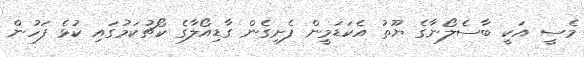
މެސީ އަކީ ބާސެލޯނާގެ ޔޫތު އެކަޑަމީން ފެށިގެން ގާޑިއޯލާގެ ކޯޗުކަމުގައި ކުޅެ ފަހުން